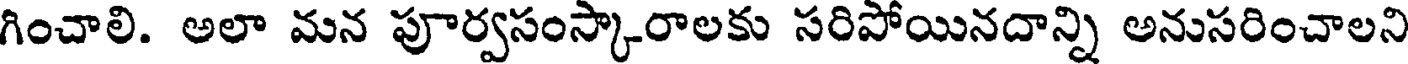
గించాలి. అలా మన పూర్వసంస్కారాలకు సరిపోయినదాన్ని అనుసరించాలని